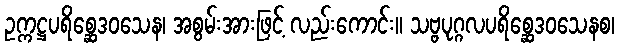
ဥက္ကဋ္ဌပရိစ္ဆေဒဝသေန၊ အစွမ်းအားဖြင့် လည်းကောင်း။ သဗ္ဗပုဂ္ဂလပရိစ္ဆေဒဝသေနစ၊